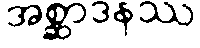
အစ္ဆာဒနဿ